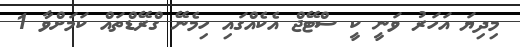
މިދިޔަ އަހަރު ވަނީ ކީ ސްޓޭޖް އެކެއްގައި ހިމެނޭ ގްރޭޑްތައް ކަމަށްވާ 1